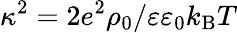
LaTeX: \kappa^{2}=2e^{2}\rho_{0}/\varepsilon\varepsilon_{0}k_{\mathrm{B}}T